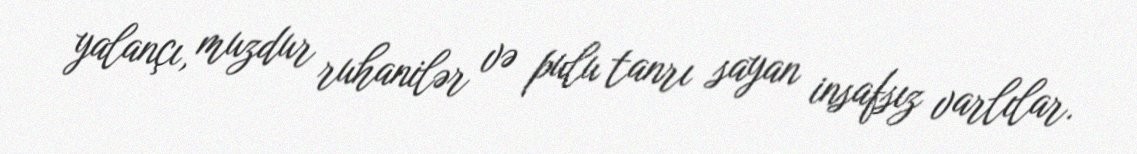
yalançı, muzdur ruhanilər və pulu tanrı sayan insafsız varlılar.